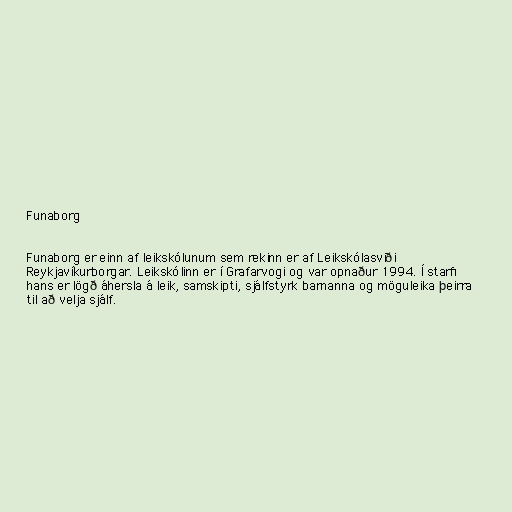
Funaborg

Funaborg er einn af leikskólunum sem rekinn er af Leikskólasviði
Reykjavíkurborgar. Leikskólinn er í Grafarvogi og var opnaður 1994. Í starfi
hans er lögð áhersla á leik, samskipti, sjálfstyrk barnanna og möguleika þeirra
til að velja sjálf.